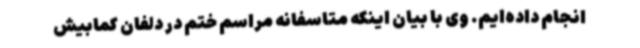
انجام داده‌ایم. وی با بیان اینکه متاسفانه مراسم ختم در دلفان کمابیش